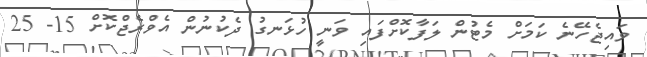
ވައިޖެހޭނެ ކަމަށް މެޓުން ލަފާކޮށްފައި ވަނީ ހުޅަނގު ދެކުނުން އެވްރެޖްކޮށް 15- 25